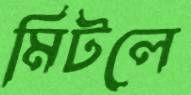
মিটলে